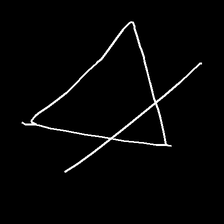
Glyph: empower